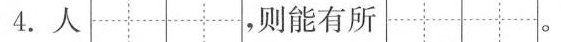
4.人，则能有所。